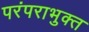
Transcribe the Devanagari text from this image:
परंपराभुक्त